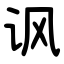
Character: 讽